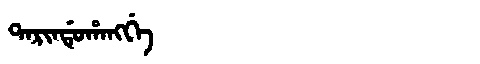
Manchu: ᡨᠠᡵᡳᠨᡩᡠᡥᠠᠩᡤᡝ
Romanization: TARINDUHANGGE